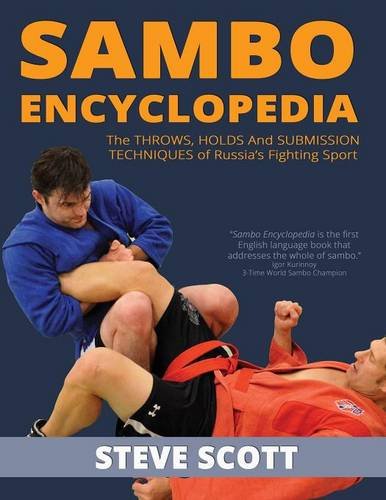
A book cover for Sambo Encyclopedia: The Throws, Holds and Submission Techniques of Russia s Fighting Sport; Steve Scott; Sports & Outdoors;